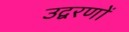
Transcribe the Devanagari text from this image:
उद्वरणों